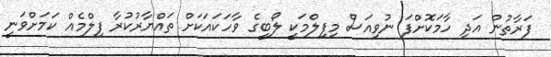
ފަރާތުން އަދި ހާމަކޮށްފަ ނުވިއަސް މިފިލްމަކީ ލޯބީގެ ވާހަކައަކަށް ތައްޔާރުކުރާ ފިލްމެއް ކަމަށްވަނީ